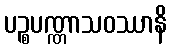
ပဉ္စပဏ္ဏာသဝဿာနိ